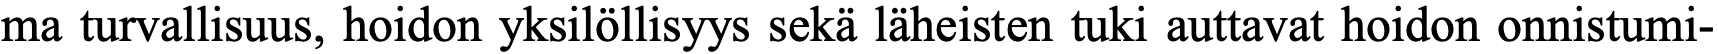
ma turvallisuus, hoidon yksilöllisyys sekä läheisten tuki auttavat hoidon onnistumi-